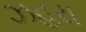
ઝહરા